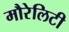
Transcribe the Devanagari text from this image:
मौरेलिटी